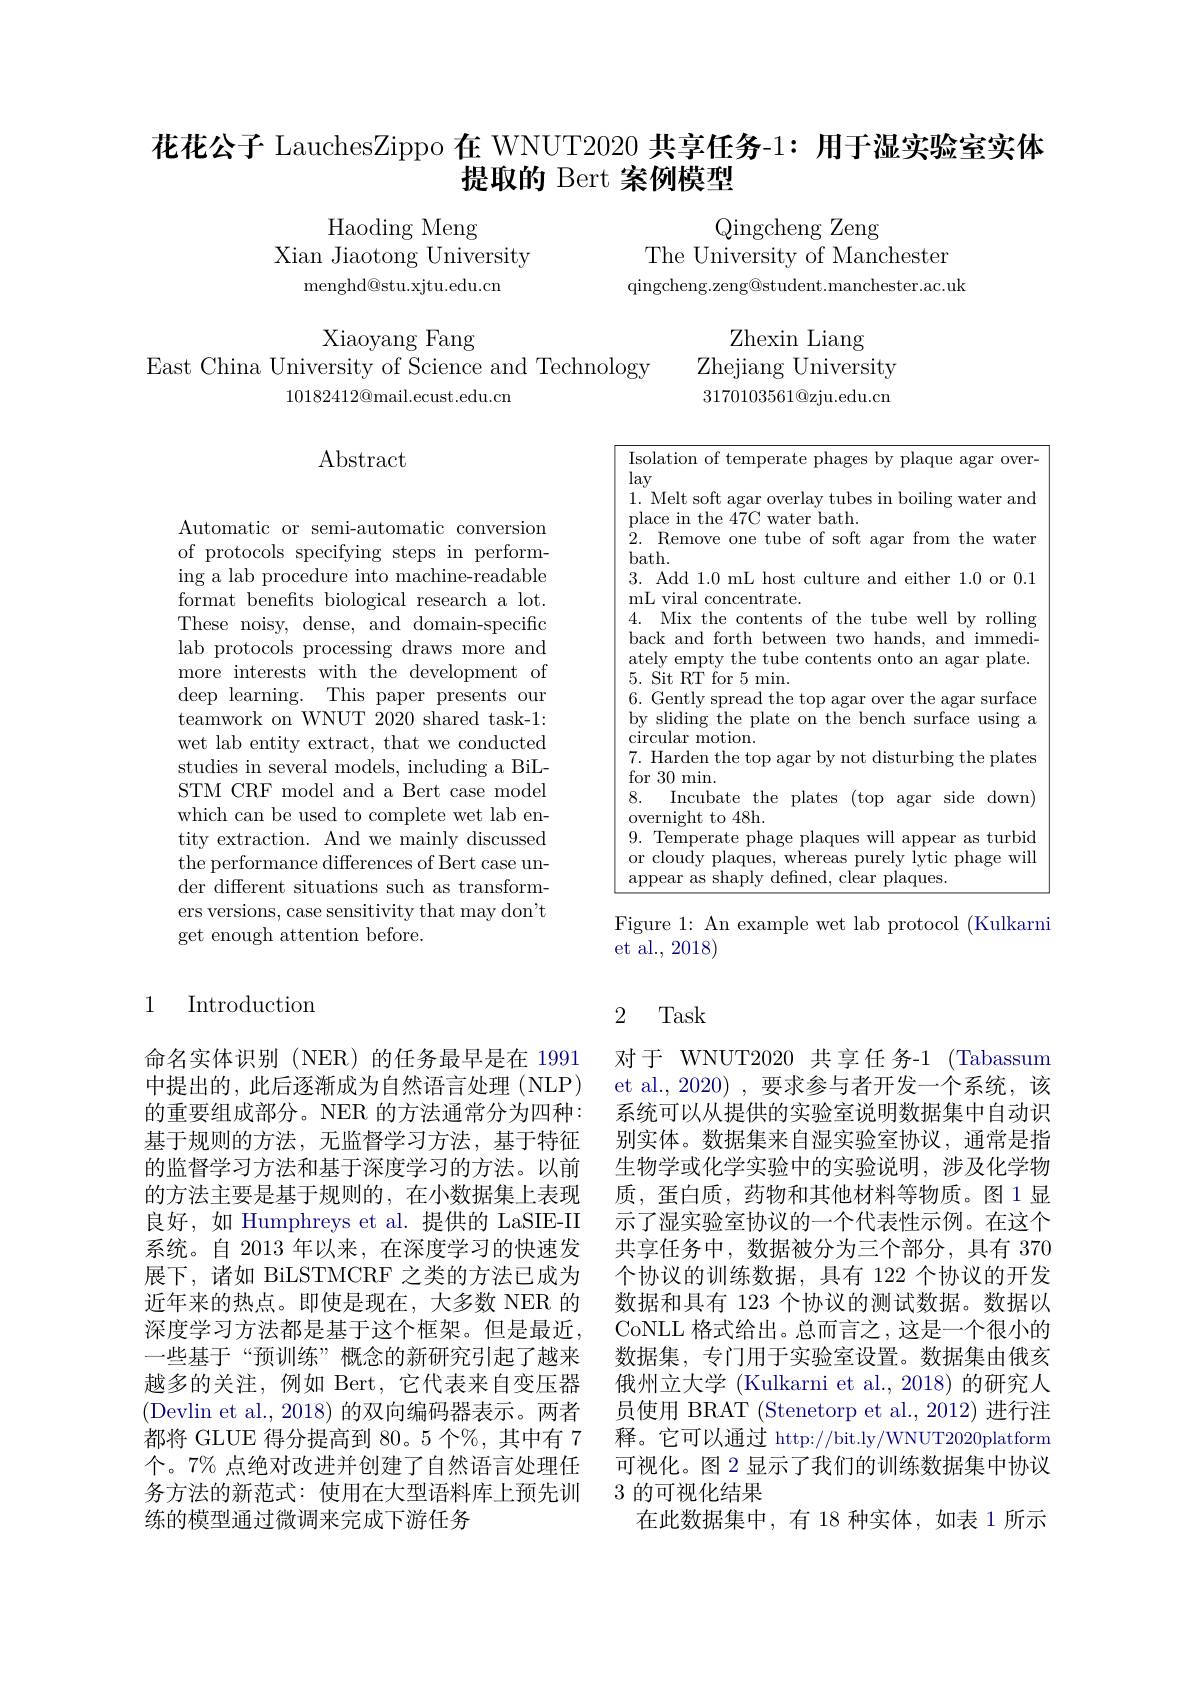
花花公子 LauchesZippo 在 WNUT2020 共享任务-1: 用于湿实验室实体
提取的 Bert 案例模型

Haoding Meng
Xian Jiaotong University
${\mathrm{menghd@stu.xjtu.edu.cn}}$

Qingcheng Zeng
The University of Manchester qingcheng.zeng@student.manchester.ac.uk

Xiaoyang Fang
East China University of Science and Technology
$10182412@$mail.ecust.edu.cn

Zhexin Liang
Zhejiang University $3170103561@$zju.edu.cn

## $\operatorname{Abstract}$

${\mathrm{Isolation~of~temperate~phages~by~plaque~agar~over-}}$
lay
1. Melt soft agar overlay tubes in boiling water and
place in the $4\bar{7}$C water bath.
2. Remove one tube of soft agar from the water
$bath.$
3. Add 1.0 mL host culture and either 1.0 or 0.1
mL viral concentrate.
4. Mix the contents of the tube well by rolling back and forth between two hands, and immediately empty the tube contents onto an agar plate. 5. Sit RT for 5min.
6. Gently spread the top agar over the agar surface by sliding the plate on the bench surface using a circular motion.
7. Harden the top agar by not disturbing the plates
for 30 min.
8.
Incubate the plates (top agar side down)
overnight to 48h.
9.Temperate phage plaques will appear as turbid or cloudy plaques, whereas purely lytic phage will appear as shaply defined, clear plaques.

Automatic or semi-automatic conversion of protocols specifying steps in performing a lab procedure into machine-readable format benefits biological research a lot. These noisy, dense, and domain-specific lab protocols processing draws more and more interests with the development of deep learning. This paper presents our teamwork on WNUT 2020 shared task-1: wet lab entity extract, that we conducted studies in several models, including a BiLSTM CRF model and a Bert case model which can be used to complete wet lab entity extraction. And we mainly discussed the performance differences of Bert case under different situations such as transformers versions, case sensitivity that may don't get enough attention before.

Figure 1: An example wet lab protocol (Kulkarni
et al., 2018)

1 Introduction

# 2 Task

命名实体识别 (NER)的任务最早是在 1991中提出的，此后逐渐成为自然语言处理(NLP) 的重要组成部分。NER 的方法通常分为四种： 基于规则的方法，无监督学习方法，基于特征的监督学习方法和基于深度学习的方法。以前的方法主要是基于规则的，在小数据集上表现良好，如 Humphreys et al. 提供的 LaSIE-II 系统。自 2013 年以来，在深度学习的快速发展下，诸如 BiLSTMCRF 之类的方法已成为近年来的热点。即使是现在，大多数 NER 的深度学习方法都是基于这个框架。但是最近， 一些基于“预训练”概念的新研究引起了越来越多的关注，例如 Bert,它代表来自变压器(Devlin et al., 2018) 的双向编码器表示。两者都将 GLUE 得分提高到 80。5 个%,其中有 7个。7% 点绝对改进并创建了自然语言处理任务方法的新范式：使用在大型语料库上预先训练的模型通过微调来完成下游任务

对于 WNUT2020 共享任务-1 (Tabassum et al.,2020) ,要求参与者开发一个系统，该系统可以从提供的实验室说明数据集中自动识别实体。数据集来自湿实验室协议，通常是指生物学或化学实验中的实验说明，涉及化学物质，蛋白质，药物和其他材料等物质。图1显示了湿实验室协议的一个代表性示例。在这个共享任务中，数据被分为三个部分，具有 370个协议的训练数据，具有 122 个协议的开发数据和具有 123 个协议的测试数据。数据以CoNLL 格式给出。总而言之，这是一个很小的数据集，专门用于实验室设置。数据集由俄亥俄州立大学 (Kulkarni et al., 2018) 的研究人员使用 BRAT (Stenetorp et al., 2012) 进行注释。它可以通过 http://bit.ly/WNUT2020platform 可视化。图 2 显示了我们的训练数据集中协议3 的可视化结果
在此数据集中，有 18 种实体，如表 1 所示